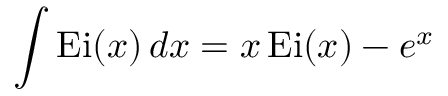
\int \operatorname { E i } ( x ) \, d x = x \operatorname { E i } ( x ) - e ^ { x }